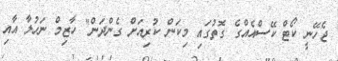
ޖެހޭނީ ކޯޓް ކޭސްއެއްގެ ގޮތުގައި މިކަން ކުރިއަށް ގެންދަން" ހާޒިމް ނަހުލާ އާއި